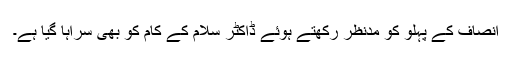
انصاف کے پہلو کو مدنظر رکھتے ہوئے ڈاکٹر سلام کے کام کو بھی سراہا گیا ہے۔